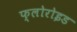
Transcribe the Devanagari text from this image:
फ्लोरोइड